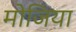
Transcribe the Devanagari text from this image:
मोजिया